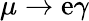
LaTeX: \mu\rightarrow\mathrm{e}\gamma